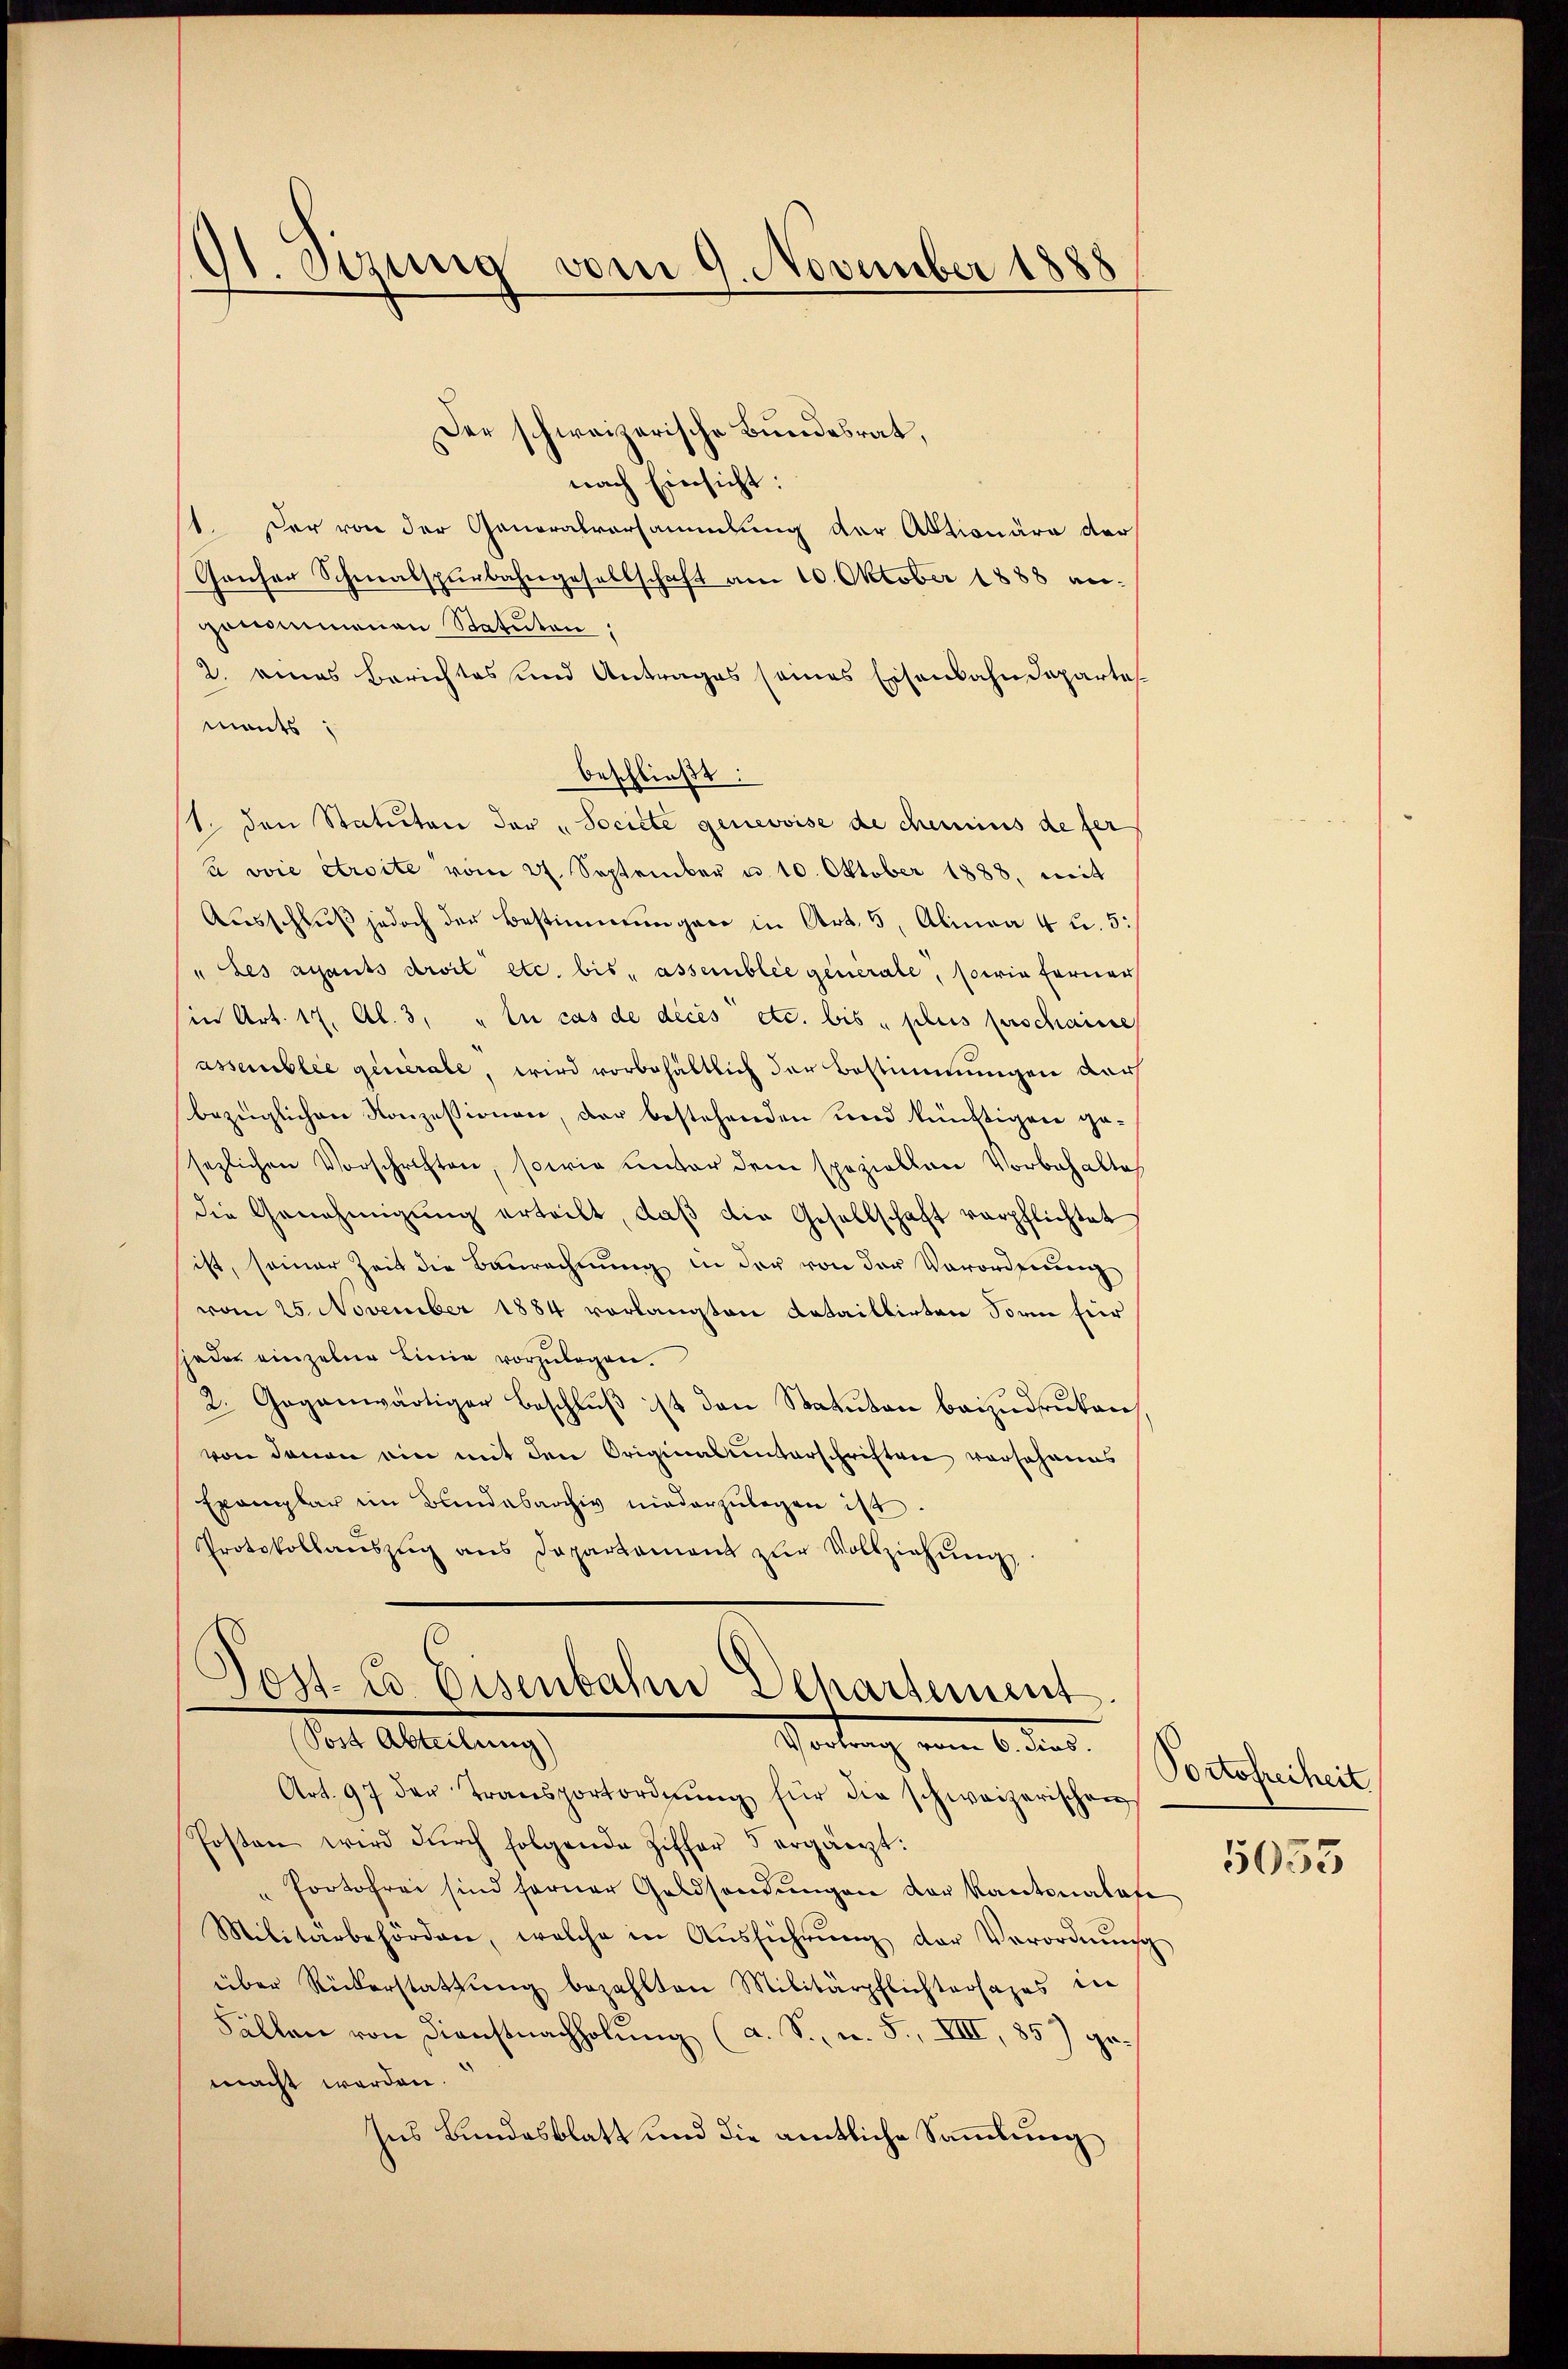
dt. Sizung vom 9. November 1888

ost-Co Eisenbahn Departement
Seite Abteilung
Portung vom 6. der

Der schweizerische Bundesrat,
nach Einsicht:
1. Der von der Generalvorsammlung der Aktionäre der
Gancher Schmalspurbahngesellschaft am 10. Oktober 1888 an:
genommenen Statuten
2. eines Berichtes und Antrages seines Eisenbahndeparte
mants:
beschließt:
1. den Statuten der "Societe genevoise de chemins de fer
a voie étroite vom 27. September u. 10. Oktober 1888. mit
Aŭsschlŭβ jedoch der Bestimmungen in Art. 5, Alinea 4 u. 5:
" Les ayants droit etc. bis assemblie generale, sowie ferner
in Art. 17. Al. 3, "In cas de décès etc. bis " plus perschaine
assemblic qenerale, wird vorbehältlich der Bestimmungen der
bezüglichen Konzessionen, der bestehenden und künftigen gesezlichen Vorschriften, sowie unter dem speziellen Vorbehalte
die Genehmigŭng erteilt, daβ die Gesellschaft verpflichtet
ist, seiner Zeit die Baurechnung in der von der Vorordnung
vom 25. November 1884 vorlangten Detaillirten Sorm für
jeder einzelne Linie vorzulegen.
2. Gegenwärtiger Beschluß ist den Statuten beizudruken
von denen ein mit den Originalunterschriften vorsehenes
Eromlar im Bundesarchiv niederzulegen ist.
Protokollaŭszŭg ans Departament zŭr Vollziehŭng

Art. 97 der Transportordnŭng für die schweizerischen
Posten wird dŭrch folgende Ziffer 5 ergänzt:
Portofrei sind ferner Geldsendŭngen der Kantonalofe
Militärbehörden, welche in Aŭsführŭng der Verordnŭng
über Rückerstattŭng bezahlten Militärpflichtersages die
Fällen von Dienstnachholung (a. S., n. F., VIII, 85) gemacht worden.
Ins Bundesblatt und die amtliche Sammlung

Portofreiheit
5033